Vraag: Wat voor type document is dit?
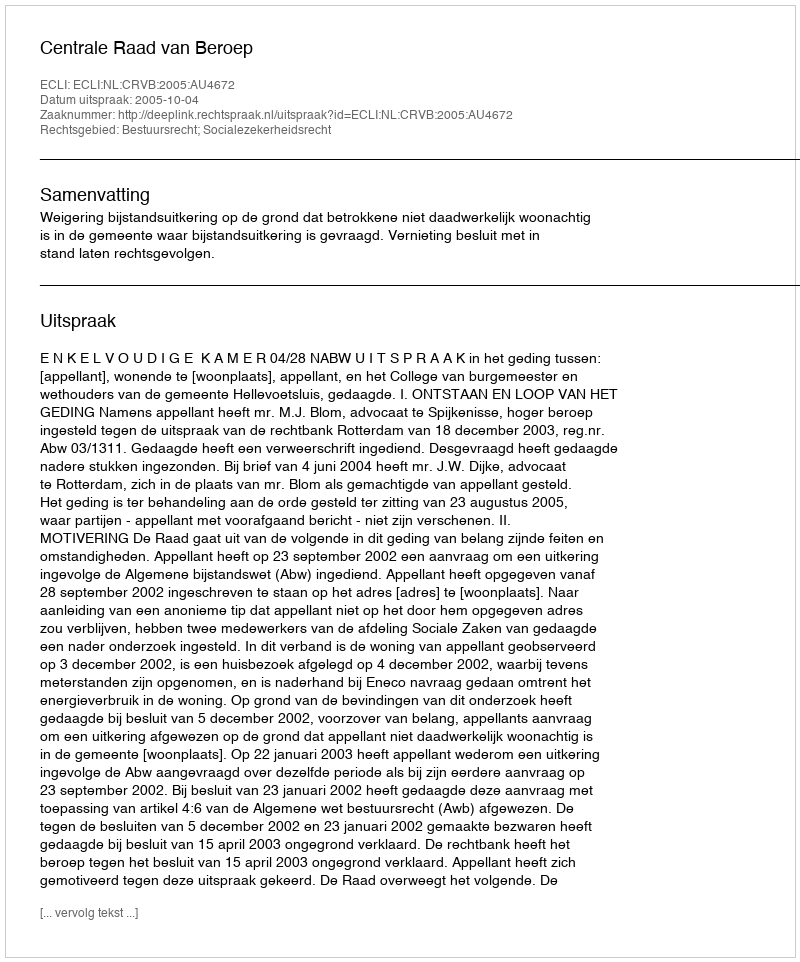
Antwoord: Uitspraak